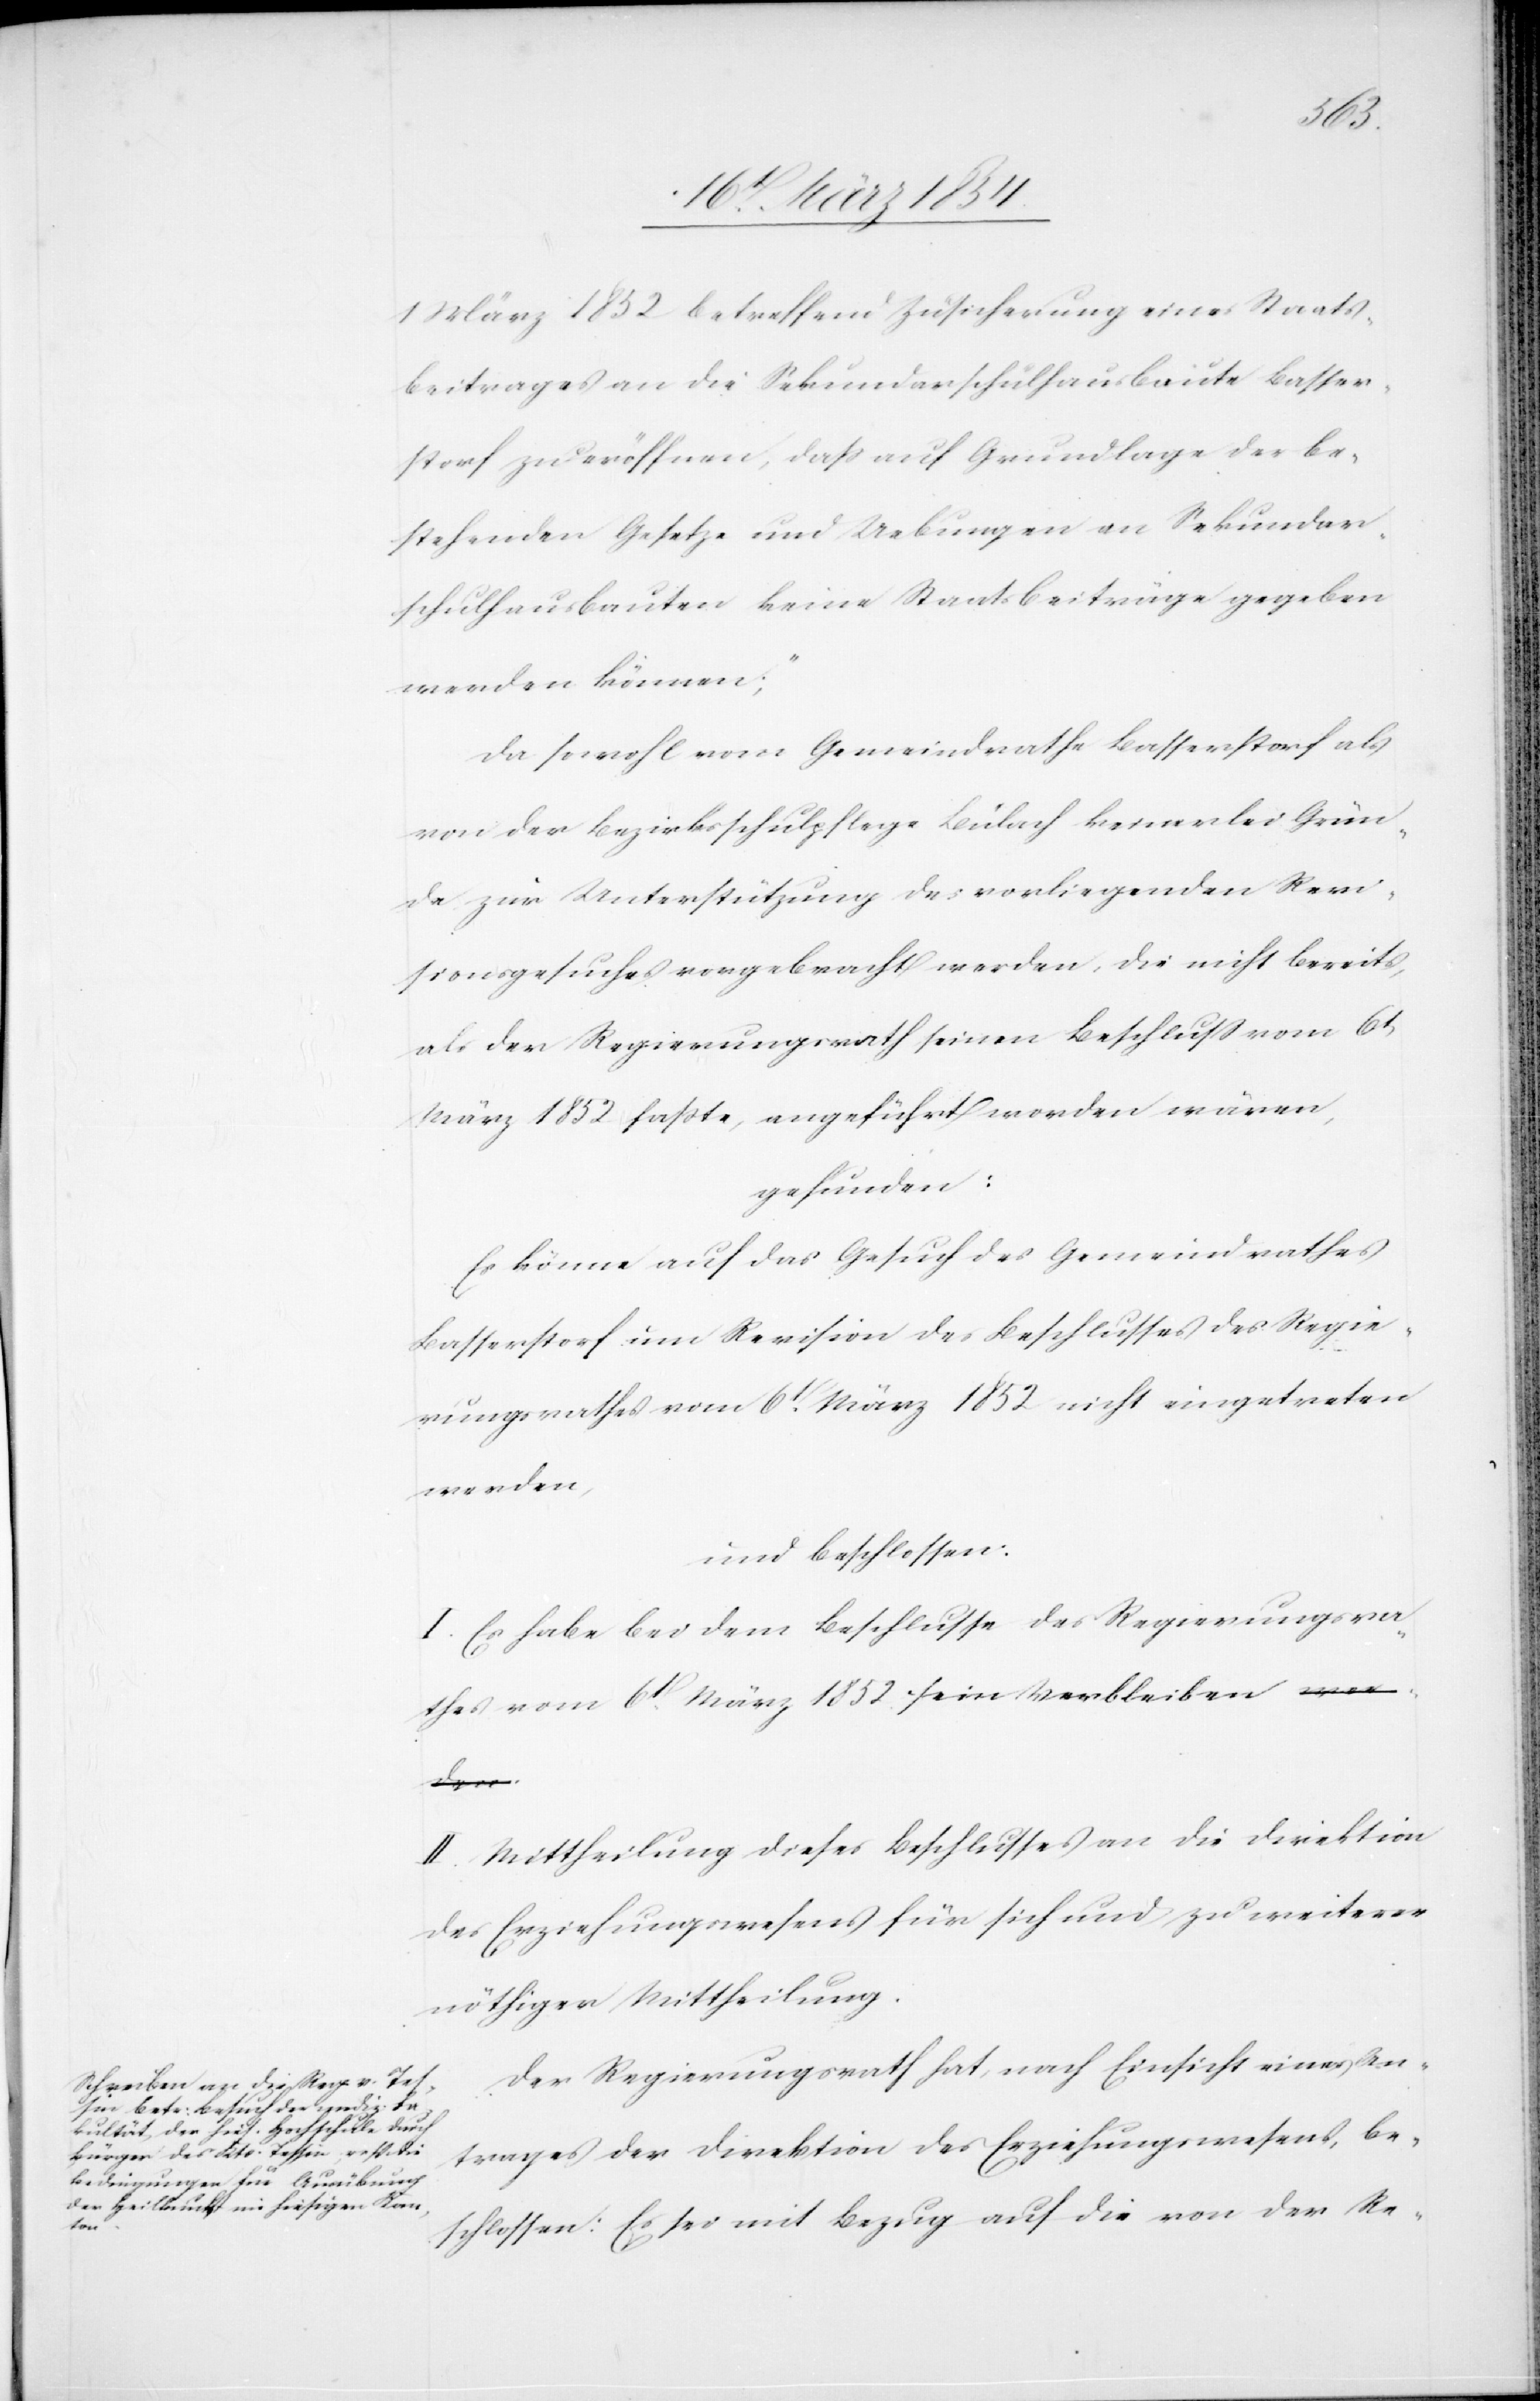
1 März 1852 betreffend Zusicherung eines Staats¬
beitrages an die Sekundarschulhausbaute Basser¬
storf zu eröffnen, das auf Grundlage der be¬
stehenden Gesetze und Uebungen an Sekundar¬
schulhausbauten keine Staatsbeiträge gegeben
werden können;“
Da sowohl vom Gemeindrath Basserstorf als
von der Bezirksschulpflege Bülach keinerlei Grün¬
de zur Unterstützung des vorliegenden Revi¬
sionsgesuches vorgebracht werden, die nicht bereits,
als der Regierungsrath seinen Beschluß vom 6t
März 1852 faßte, angeführt worden wäre,
gefunden:
Es könne auf das Gesuch des Gemeindrathes
Basserstorf um Revision des Beschlusses des Regie¬
rungsrathes vom 6t März 1852 nicht eingetreten
werden,
und beschlossen
I. Es habe bei dem Beschlusse des Regierungsra¬
thes vom 6t März 1852 sein Verbleiben.
II. Mittheilung dieses Beschlusses an die Direktion
des Erziehungswesens für sich und zu weiterer
nöthiger Mittheilung.
Der Regierungsrath hat, nach Einsicht eines An¬
trages der Direktion des Erziehungswesens, be¬
schlossen: Es sei mit Bezug auf die von der Re-